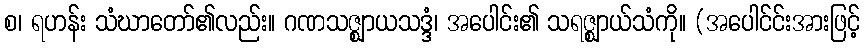
စ၊ ရဟန်း သံဃာတော်၏လည်း။ ဂဏသဇ္ဈာယသဒ္ဒံ၊ အပေါင်း၏ သရဇ္ဈာယ်သံကို။ (အပေါင်င်းအားဖြင့်